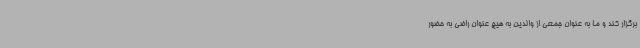
برگزار کند و ما به عنوان جمعی از والدین به هیچ عنوان راضی به حضور